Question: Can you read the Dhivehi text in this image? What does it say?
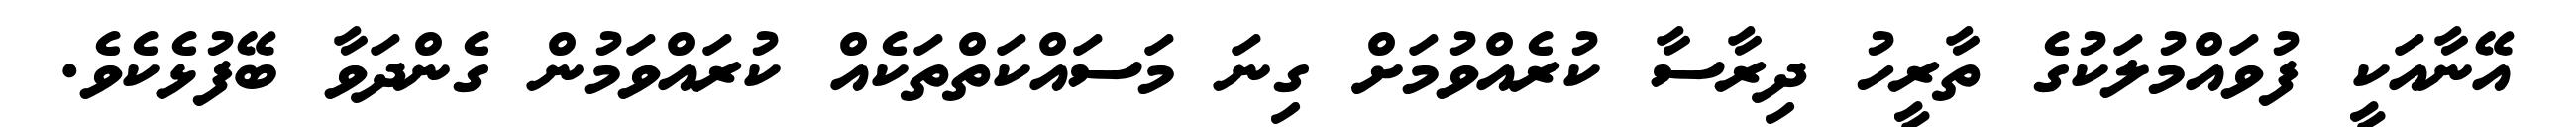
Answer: އޭނާއަކީ ފުވައްމުލަކުގެ ތާރީހު ދިރާސާ ކުރެއްވުމަށް ގިނަ މަސައްކަތްތަކެއް ކުރައްވަމުން ގެންދަވާ ބޭފުޅެކެވެ.